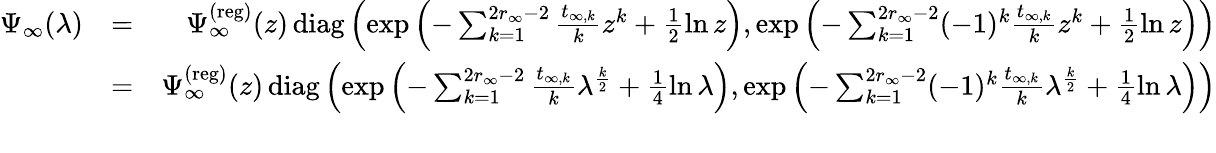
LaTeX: \begin{array}{rlr}{\Psi_{\infty}(\lambda)}&{=}&{\Psi_{\infty}^{(\mathrm{reg})}(z)\, {\operatorname{diag}}\left(\exp\left(-\sum_{k=1}^{2r_{\infty}-2}\frac{t_{\infty,k}}{k}z^{k}+\frac{1}{2}\ln z\right),\exp\left(-\sum_{k=1}^{2r_{\infty}-2}(-1)^{k}\frac{t_{\infty,k}}{k}z^{k}+\frac{1}{2}\ln z\right)\right)}\\ &{=}&{\Psi_{\infty}^{(\mathrm{reg})}(z)\, {\operatorname{diag}}\left(\exp\left(-\sum_{k=1}^{2r_{\infty}-2}\frac{t_{\infty,k}}{k}\lambda^{\frac{k}{2}}+\frac{1}{4}\ln\lambda\right),\exp\left(-\sum_{k=1}^{2r_{\infty}-2}(-1)^{k}\frac{t_{\infty,k}}{k}\lambda^{\frac{k}{2}}+\frac{1}{4}\ln\lambda\right)\right)}\\ &{}&\end{array}